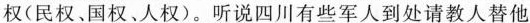
权(民权、国权、人权)。听说四川有些军人到处请教人替他